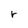
Character: r